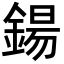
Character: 鍚